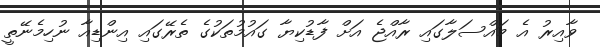
ވާއިރު އެ މައްސަލާގައި ރާއްޖެ އަށް ފާޑުކިޔާ ގައުމުތަކުގެ ތެރޭގައި އިންޑިއާ ނުހިމެނޭތީ